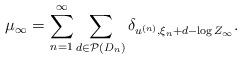
LaTeX: \begin{align*} \mu_\infty = \sum_{n=1}^{\infty} \sum_{d \in \mathcal{P}(D_n)} \delta_{u^{(n)},\xi_n + d-\log Z_\infty}.\end{align*}